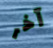
آخر